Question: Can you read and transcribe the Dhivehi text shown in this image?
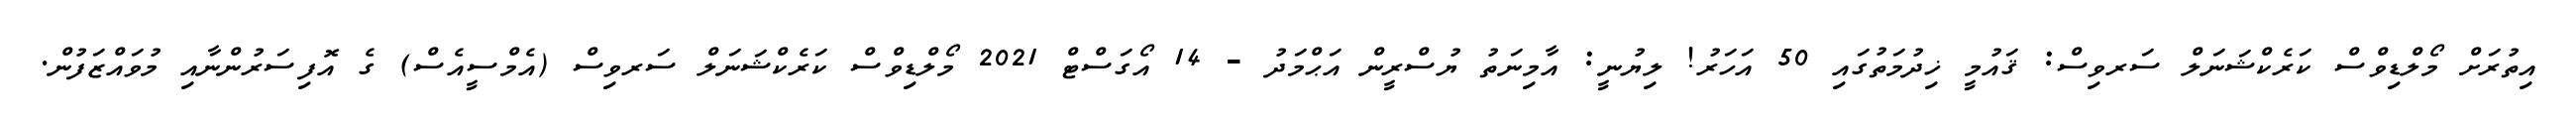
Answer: އިތުރަށް މޯލްޑިވްސް ކަރެކްޝަނަލް ސަރވިސް: ޤައުމީ ޚިދުމަތުގައި 50 އަހަރު! ލިޔުނީ: އާމިނަތު ޔުސްރީން އަޙްމަދު - 14 އޯގަސްޓް 2021 މޯލްޑިވްސް ކަރެކްޝަނަލް ސަރވިސް (އެމްސީއެސް) ގެ އޮފިސަރުންނާއި މުވައްޒަފުން.